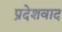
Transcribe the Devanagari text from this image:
प्रदेशवाद